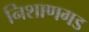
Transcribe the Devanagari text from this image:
निशाणगड